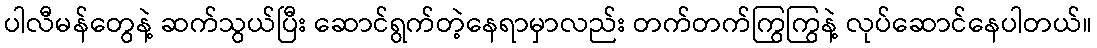
ပါလီမန်တွေနဲ့ ဆက်သွယ်ပြီး ဆောင်ရွက်တဲ့နေရာမှာလည်း တက်တက်ကြွကြွနဲ့ လုပ်ဆောင်နေပါတယ်။